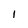
Character: 1